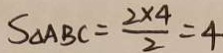
S _ { \Delta A B C } = \frac { 2 \times 4 } { 2 } = 4